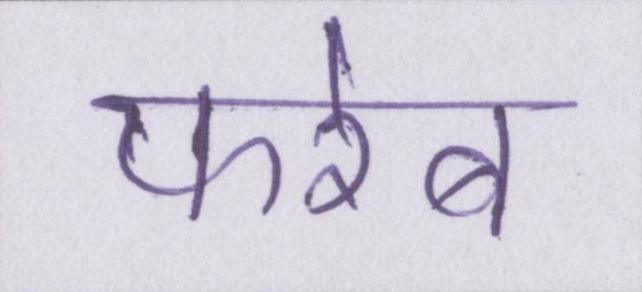
फरेब